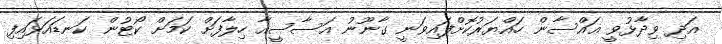
އަދި ވިދާޅުވީ ޣައްސާން ހައްޔަރުކޮށްފައިވަނީ ގާނޫނު އަސާސީއާ ހިލާފަށް ކަމަށް ކޯޓުން ކަނޑައަޅައިފި